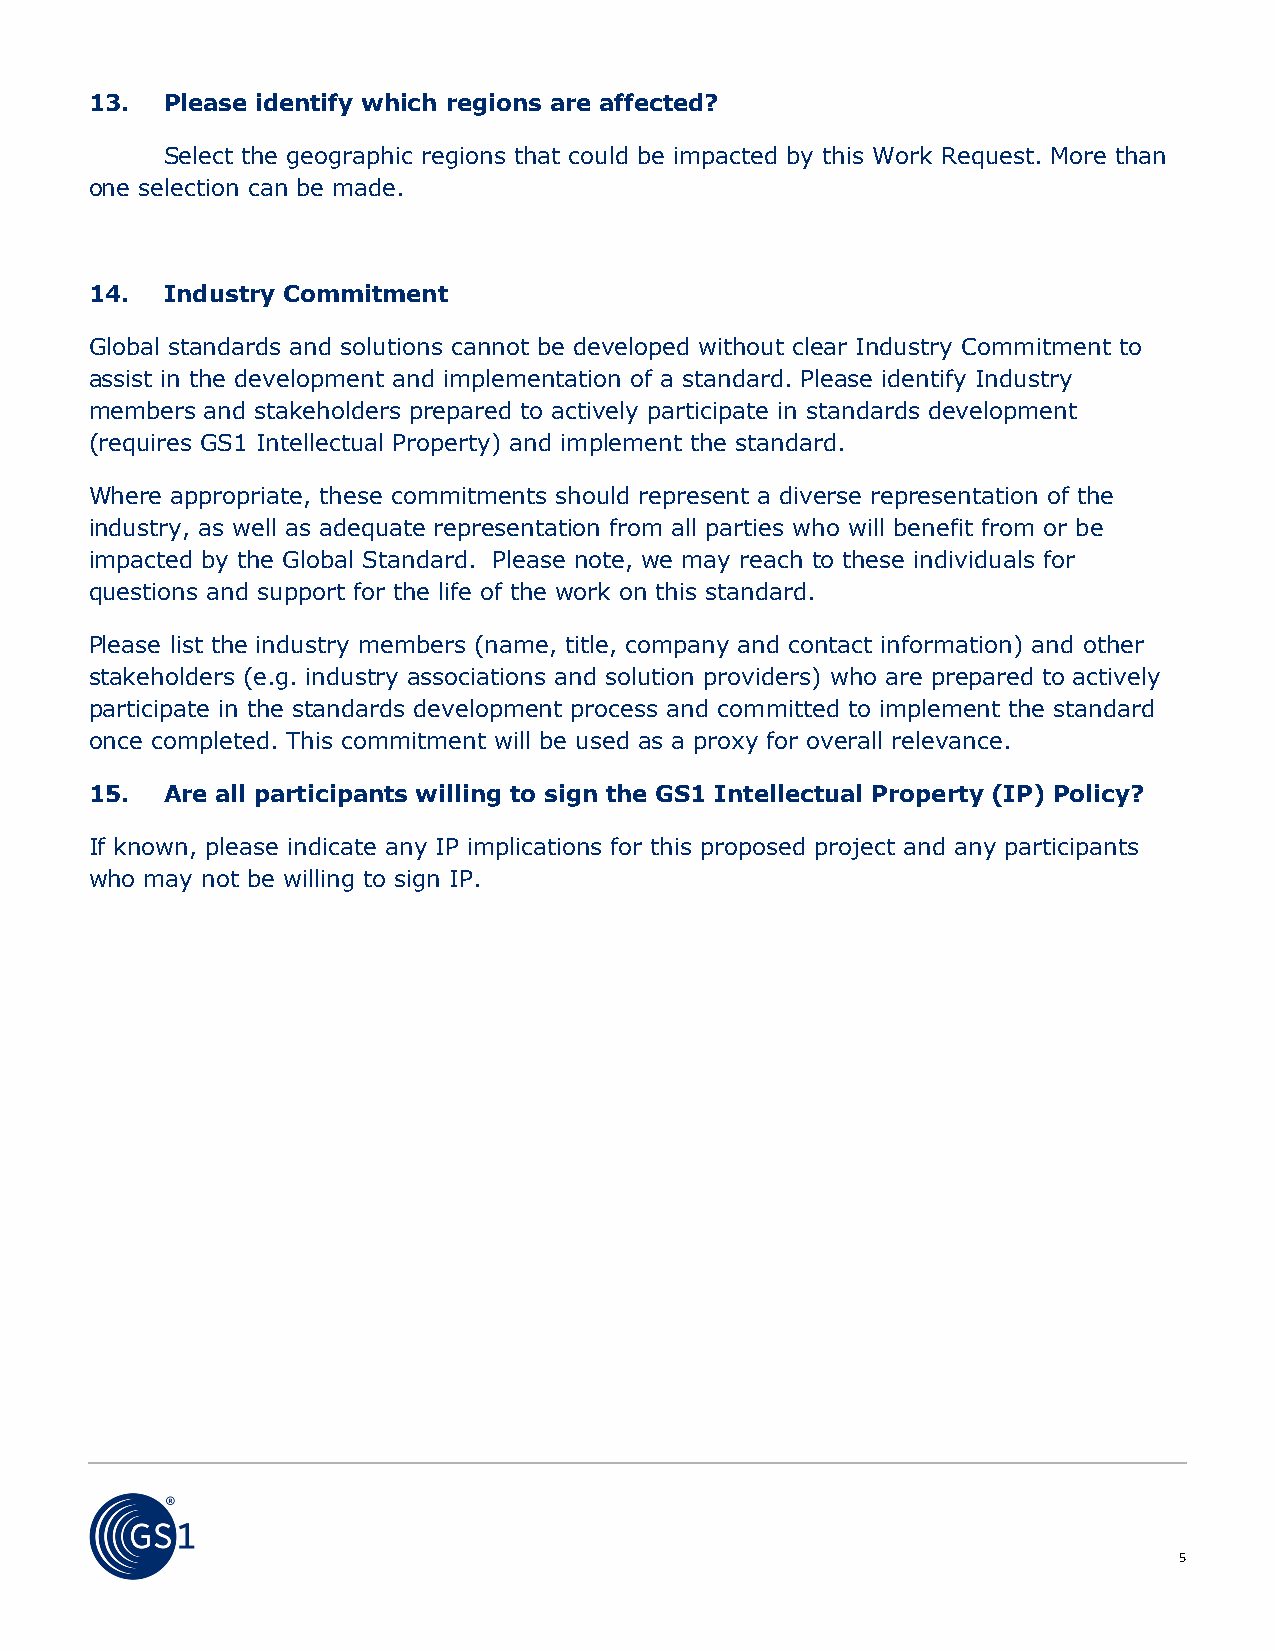
13.  Please identify which regions are affected?
 Select the geographic regions that could be impacted by this Work Request. More than
 one selection can be made.
 14.  Industry Commitment
 Global standards and solutions cannot be developed without clear Industry Commitment to
 assist in the development and implementation of a standard. Please identify Industry
 members and stakeholders prepared to actively participate in standards development
 (requires GS1 Intellectual Property) and implement the standard.
 Where appropriate, these commitments should represent a diverse representation of the
 industry, as well as adequate representation from all parties who will benefit from or be
 impacted by the Global Standard. Please note, we may reach to these individuals for
 questions and support for the life of the work on this standard.
 Please list the industry members (name, title, company and contact information) and other
 stakeholders (e.g. industry associations and solution providers) who are prepared to actively
 participate in the standards development process and committed to implement the standard
 once completed. This commitment will be used as a proxy for overall relevance.
 15.  Are all participants willing to sign the GS1 Intellectual Property (IP) Policy?
 If known, please indicate any IP implications for this proposed project and any participants
 who may not be willing to sign IP.
 5